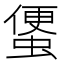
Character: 𧍻